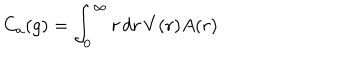
C _ { a } ( g ) = \int _ { 0 } ^ { \infty } r \, d r \, V ( r ) A ( r )